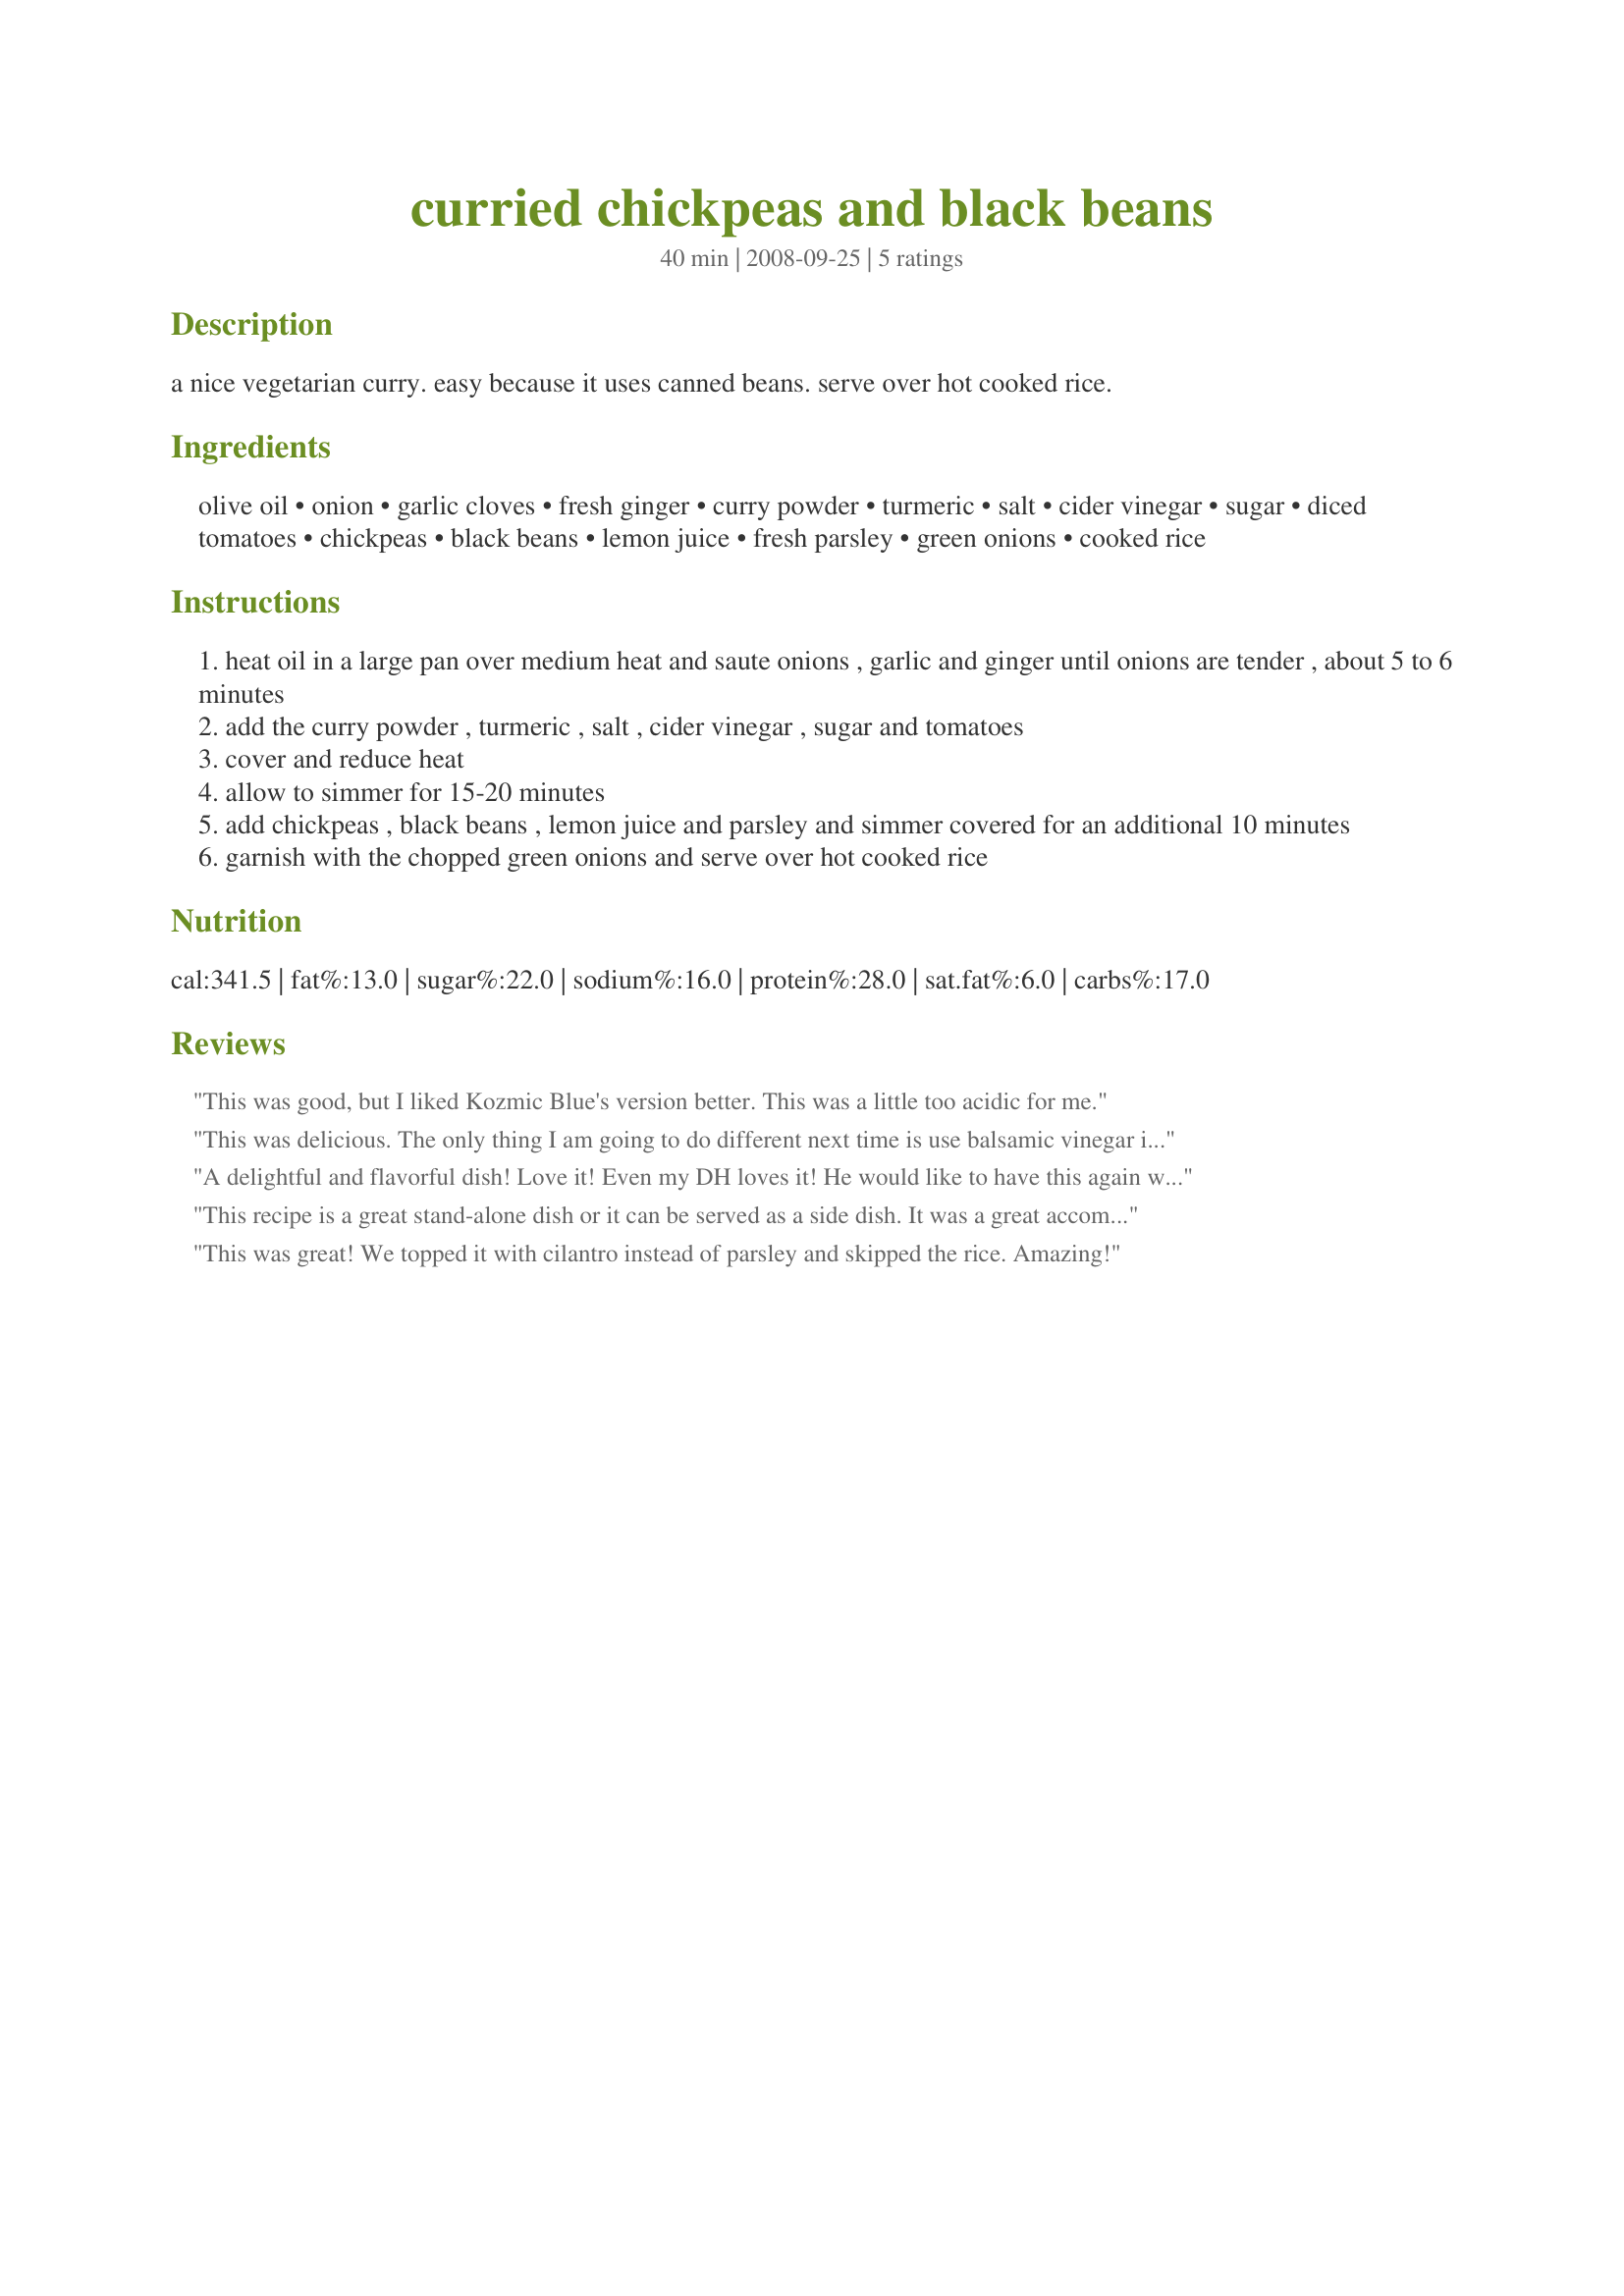
curried chickpeas and black beans
Preparation time: 40 minutes

a nice vegetarian curry. easy because it uses canned beans. serve over hot cooked rice.

Ingredients:
olive oil, onion, garlic cloves, fresh ginger, curry powder, turmeric, salt, cider vinegar, sugar, diced tomatoes, chickpeas, black beans, lemon juice, fresh parsley, green onions, cooked rice

Steps:
heat oil in a large pan over medium heat and saute onions , garlic and ginger until onions are tender , about 5 to 6 minutes
add the curry powder , turmeric , salt , cider vinegar , sugar and tomatoes
cover and reduce heat
allow to simmer for 15-20 minutes
add chickpeas , black beans , lemon juice and parsley and simmer covered for an additional 10 minutes
garnish with the chopped green onions and serve over hot cooked rice

Reviews:
This was good, but I liked Kozmic Blue's version better. This was a little too acidic for me.
This was delicious. The only thing I am going to do different next time is use balsamic vinegar instead of the cider vinegar. I think it will complement the tomatoes better. Thanks for posting
A delightful and flavorful dish! Love it! Even my DH loves it! He would like to have this again with the curry doubled. Made as directed except used red wine vinegar as I was all out of cider vinegar. I also did not serve over rice this time, yet it still held its own. Thanks, Parsley! Made for <b>Vegetarian Recipe Swap #5</b>.
This recipe is a great stand-alone dish or it can be served as a side dish. It was a great accompaniment with my stuffed eggplant. I used the cider vinegar; however, next time I might use the red wine vinegar and/or balsamic as the other reviews mentioned. I also added a little cumin to balance out the spices. Made for the Chickpea tag game - May, 2011. Thanks for the post
This was great! We topped it with cilantro instead of parsley and skipped the rice. Amazing!
